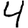
Digit: 4